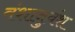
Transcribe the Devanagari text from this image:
वंशानुवंश